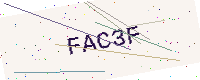
Text: FAC3F